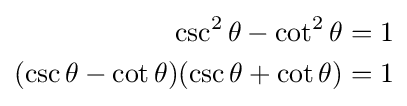
{\begin{aligned}\csc ^{2}\theta -\cot ^{2}\theta =1\\(\csc \theta -\cot \theta )(\csc \theta +\cot \theta )=1\\\end{aligned}}